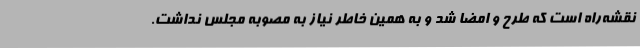
نقشه‌راه است که طرح و امضا شد و به همین خاطر نیاز به مصوبه مجلس نداشت.